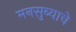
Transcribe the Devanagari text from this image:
मनसुब्याचे